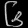
Digit: ၆